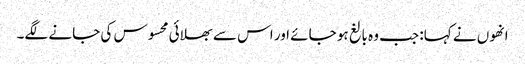
انھوں نے کہا: جب وہ بالغ ہو جائے اور اس سے بھلائی محسوس کی جانے لگے۔